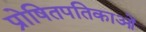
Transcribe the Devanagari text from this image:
प्रोषितपतिकाओं